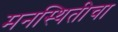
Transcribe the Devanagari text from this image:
मनस्थितीचा